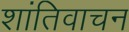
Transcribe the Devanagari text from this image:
शांतिवाचन